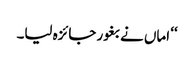
‘‘ اماں نے بغور جائزہ لیا۔